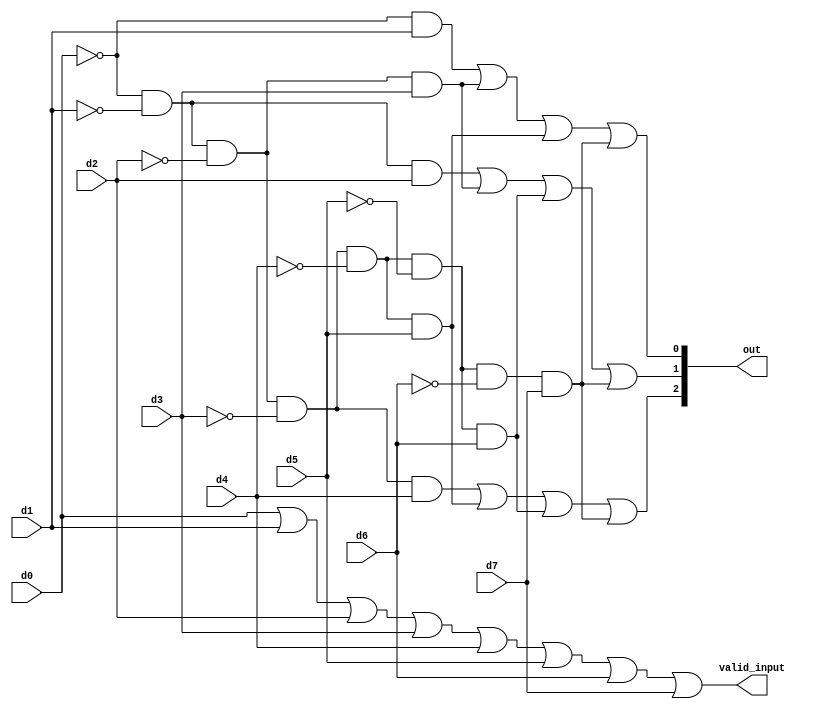
module priority_encoder_8_inp(
	input wire d0, d1, d2, d3, d4, d5, d6, d7,
	output wire valid_input,
	output wire [2:0] out
);

	assign valid_input = (d0|d1|d2|d3|d4|d5|d6|d7);
	assign out[0] = ((~d0&d1) || (~d0&~d1&~d2&d3) || (~d0&~d1&~d2&~d3&~d4&d5) || (~d0&~d1&~d2&~d3&~d4&~d5&~d6&d7)); 
	assign out[1] = ((~d0&~d1&d2) || (~d0&~d1&~d2&d3) || (~d0&~d1&~d2&~d3&~d4&~d5&d6) || (~d0&~d1&~d2&~d3&~d4&~d5&~d6&d7));
	assign out[2] = ((~d0&~d1&~d2&~d3&d4) || (~d0&~d1&~d2&~d3&~d4&d5) || (~d0&~d1&~d2&~d3&~d4&~d5&d6) || (~d0&~d1&~d2&~d3&~d4&~d5&~d6&d7));

endmodule